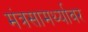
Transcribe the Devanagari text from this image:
मंत्रसामर्थ्यावर